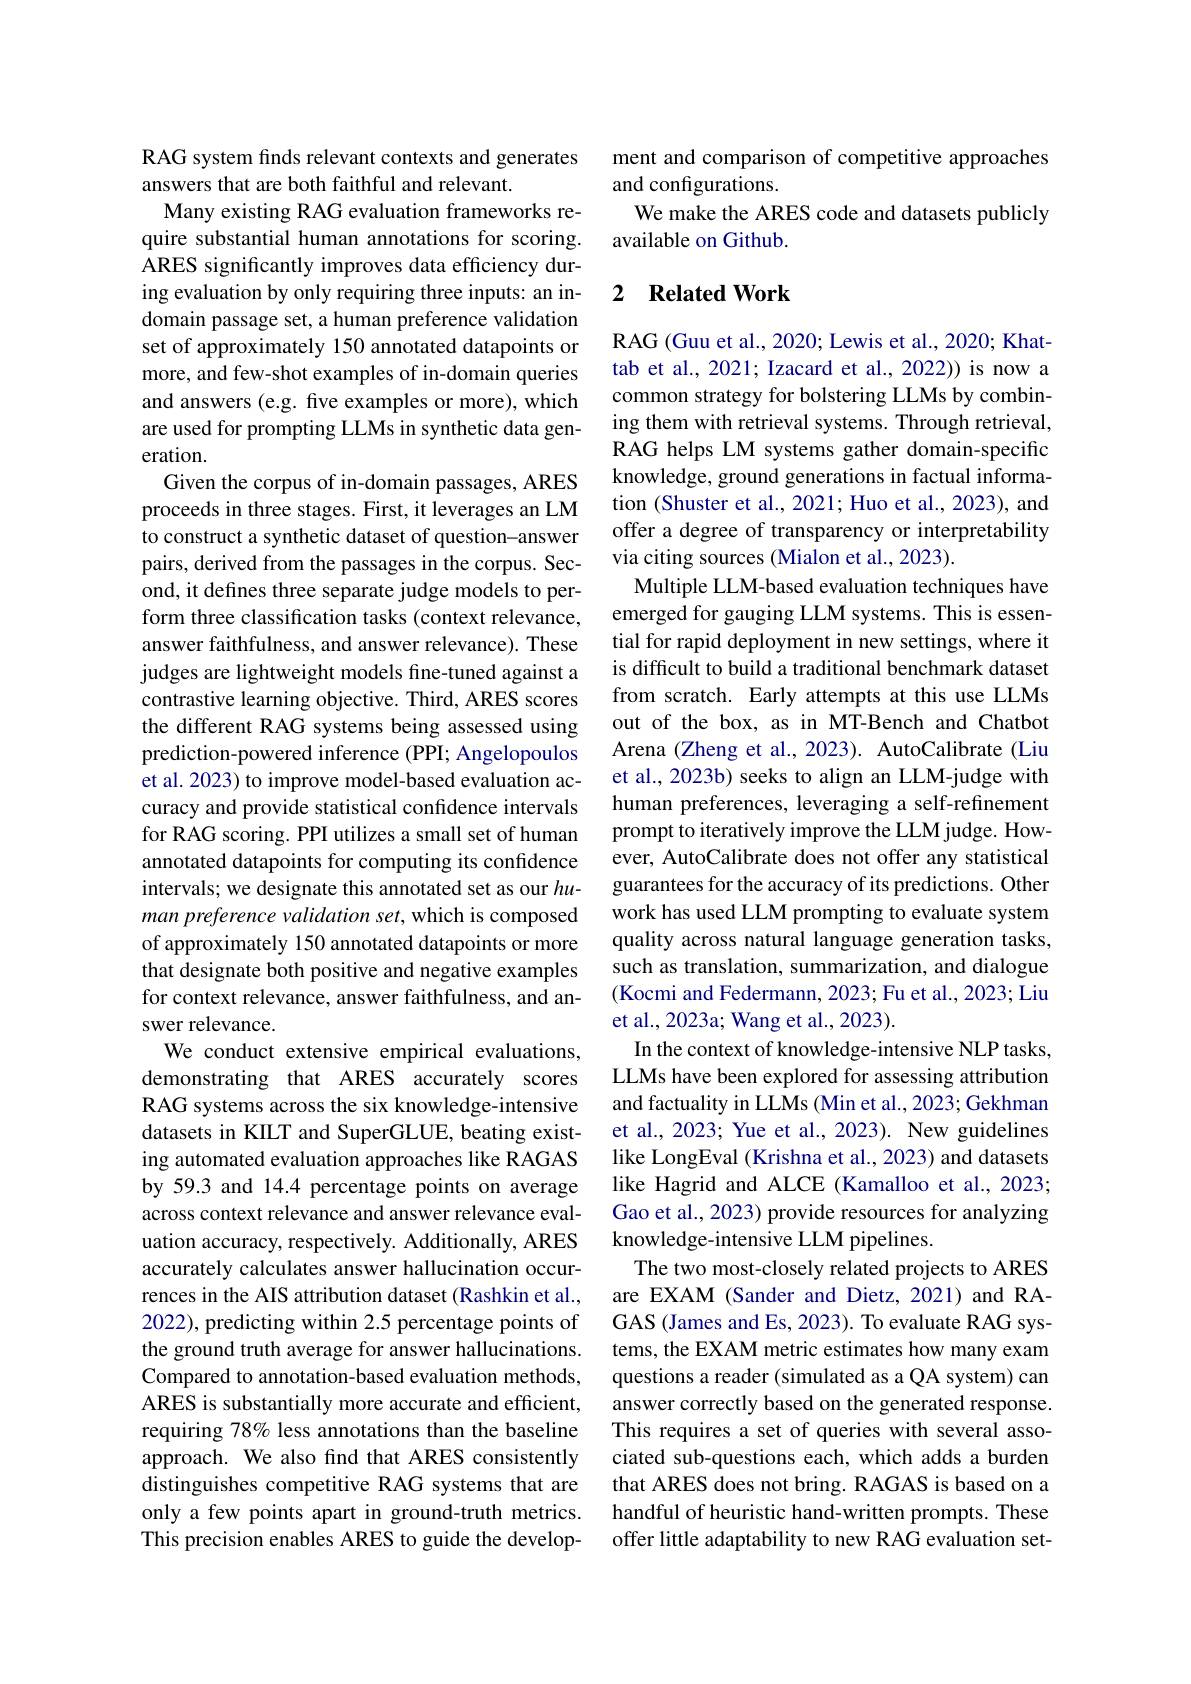
RAG system finds relevant contexts and generates
answers that are both faithful and relevant.
Many existing RAG evaluation frameworks require substantial human annotations for scoring. ARES significantly improves data efficiency during evaluation by only requiring three inputs: an indomain passage set, a human preference validation set of approximately 150 annotated datapoints or more, and few-shot examples of in-domain queries and answers (e.g. five examples or more), which are used for prompting LLMs in synthetic data generation.
Given the corpus of in-domain passages, ARES proceeds in three stages. First, it leverages an LM to construct a synthetic dataset of question-answer pairs, derived from the passages in the corpus. Second, it defines three separate judge models to perform three classification tasks (context relevance, answer faithfulness, and answer relevance). These judges are lightweight models fne-tuned against a contrastive learning objective. Third, ARES scores the different RAG systems being assessed using prediction-powered inference (PPI; Angelopoulos et al. 2023) to improve model-based evaluation accuracy and provide statistical confidence intervals for RAG scoring. PPI utilizes a small set of human annotated datapoints for computing its confidence intervals; we designate this annotated set as our human preference validation set, which is composed of approximately 150 annotated datapoints or more that designate both positive and negative examples for context relevance, answer faithfulness, and answer relevance.
We conduct extensive empirical evaluations, demonstrating that ARES accurately scores RAG systems across the six knowledge-intensive datasets in KIILT and SuperGLUE, beating existing automated evaluation approaches like RAGAS by 59.3 and 14.4 percentage points on average across context relevance and answer relevance evaluation accuracy, respectively. Additionally, ARES accurately calculates answer hallucination occurrences in the AIS attribution dataset (Rashkin et al., 2022), predicting within 2.5 percentage points of the ground truth average for answer hallucinations. Compared to annotation-based evaluation methods, ARES is substantially more accurate and efficient, requiring 78% less annotations than the baseline approach. We also find that ARES consistently distinguishes competitive RAG systems that are only a few points apart in ground-truth metrics. This precision enables ARES to guide the develop-

ment and comparison of competitive approaches
and configurations.
We make the ARES code and datasets publicly
available on Github.

## 2 Related Work

RAG (Guu et al., 2020; Lewis et al., 2020; Khattab et al., 2021; Izacard et al., 2022)) is now a common strategy for bolstering LLMs by combining them with retrieval systems. Through retrieval, RAG helps LM systems gather domain-specific knowledge, ground generations in factual information (Shuster et al., 2021; Huo et al., 2023), and offer a degree of transparency or interpretability via citing sources (Mialon et al., 2023).
Multiple LLM-based evaluation techniques have emerged for gauging LLM systems. This is essential for rapid deployment in new settings, where it is difficult to build a traditional benchmark dataset from scratch. Early attempts at this use LLMs out of the box, as in MT-Bench and Chatbot Arena (Zheng et al., 2023). AutoCalibrate (Liu et al., 2023b) seeks to align an LLM-judge with human preferences, leveraging a self-refinement prompt to iteratively improve the LLM judge. However, AutoCalibrate does not offer any statistical guarantees for the accuracy of its predictions. Other work has used LLM prompting to evaluate system quality across natural language generation tasks, such as translation, summarization, and dialogue (Kocmi and Federmann, 2023; Fu et al., 2023; Liu et al., 2023a; Wang et al., 2023).
In the context of knowledge-intensive NLP tasks, LLMs have been explored for assessing attribution and factuality in LLMs (Min et al., 2023; Gekhman et al., 2023; Yue et al., 2023). New guidelines like LongEval (Krishna et al., 2023) and datasets like Hagrid and ALCE (Kamalloo et al., 2023; Gao et al., 2023) provide resources for analyzing knowledge-intensive LLM pipelines.
The two most-closely related projects to ARES are EXAM (Sander and Dietz, 2021) and RAGAS (James and Es, 2023). To evaluate RAG systems, the EXAM metric estimates how many exam questions a reader (simulated as a QA system) can answer correctly based on the generated response. This requires a set of queries with several associated sub-questions each, which adds a burden that ARES does not bring. RAGAS is based on a handful of heuristic hand-written prompts. These offer little adaptability to new RAG evaluation set-